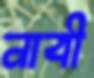
নাবী